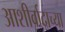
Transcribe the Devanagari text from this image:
आशीर्वादाच्या